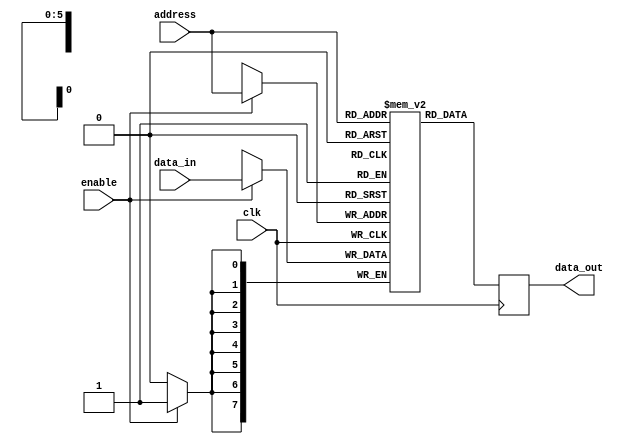
/*
    Author : Auke Dirk Pietersma
    Project: ByteBlast https://github.com/Auke-Dirk/ByteBlast
    Module : Random Access Memory (ram)
*/

module ram(clk, enable, address, data_in, data_out);

parameter ADDRESS_BITS = 6;
parameter DATA_BITS = 8;

localparam DATA_SIZE = 2 ** ADDRESS_BITS;   

// -- INPUTS
input clk;
input enable;
input [ADDRESS_BITS-1:0] address;
input [DATA_BITS-1:0] data_in;

// -- OUPUT
output reg [DATA_BITS-1:0] data_out;

// -- OTHER
reg [DATA_BITS-1:0] data [DATA_SIZE-1:0];

initial begin
    data_out = 0;
    data[0] = 0;
end 

always @(posedge clk) begin
    if(enable) begin
        data[address] <= data_in;
    end
    data_out <=  data[address];
end

endmodule